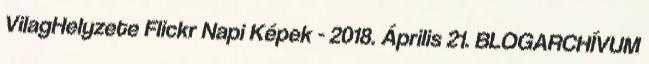
VilagHelyzete Flickr Napi Képek - 2018. Április 21. BLOGARCHÍVUM